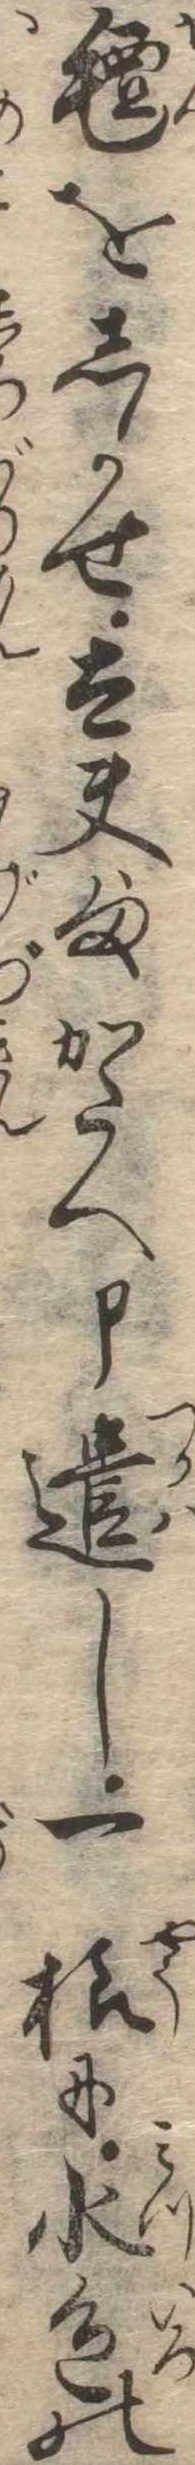
氈をしかせ太夫様かたへ申遣し一様に水色の